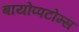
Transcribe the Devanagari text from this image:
बायोप्पटोम्स